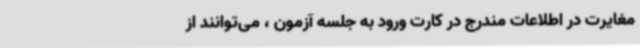
مغایرت در اطلاعات مندرج در کارت ورود به جلسه آزمون ، می‌توانند از